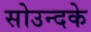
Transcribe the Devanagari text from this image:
सोउन्दके